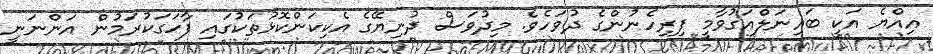
އިއްޔެ އަކީ ބައިނަލްއަގުވާމީ ފިރިހެނުންގެ ދުވަހެވެ. މިދުވަސް ދުނިޔޭގެ އެކިކަންކޮޅުތަކުގައި ފާހަގަކުރަމުން އަންނަނީ